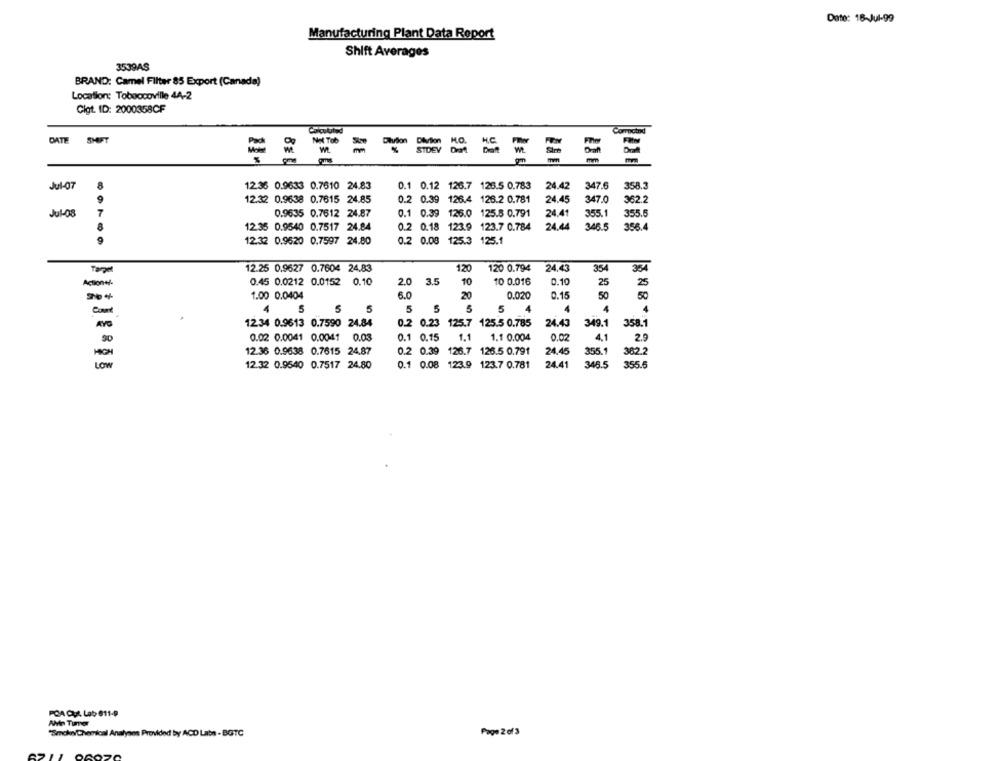
Date: 18-Jul-99
Manufacturing Plant Data Report
Shift Averages
3539AS
BRAND: Camel Filter 85 Export (Canada)
Location: Tobaccoville 44-2
Cigt. ID: 2000358CF
Corpoind
DATH
SHIFT
Not Tob
Filter
KO.
mm
Jul-07
12.36 0.9633 0.7610 24.83
0.1 0.12 126.7 126.5 0.783
24.42
347.6
358.3
12.32 0.9638 0.7615 24.85
0.2 0.39 126.4 126.2 0.781
24.45
347.0
362.2
Jul-08
0.9635 0.7612 24.87
0.1 0.39 126.0 125.8 0.791
24.41
355.1
355.
12.35 0.9540 0.7517 24.84
0.2 0.18 123.9 123.7 0.784
24.44
346.5
356.4
12.32 0.9620 0.7597 24.80
0.2 0.08 125.3 125.1
.....
12.25 0.9627 0.7604 24,83
120
120 0.794
24.43
354
354
0.45 0.0212 0.0152 0.10
2.0
3.5
10
10 0.016
0.10
25
25
1.00 0.0404
6.0
20
0.020
0.15
50
50
4
5
5 5
5
5
5
5 4
4
4
4
Com
1234 0.9613 0.7590 24.84
0.2 0.23 125.7 125.5 0.785
24.43
349.1
358.1
0.1 0.15
1.1
4.1
2.9
0.02 0.0041 0.0041 0.03
1.1 0.004
0.02
12.36 0.9638 0.7615 24.87
0.2 0.39 126.7 126.5 0.791
24.45
355.1
382.
Low
12.32 0.9540 0.7517 24.80
0.1 0.08 123.9 123.7 0.781
24.41
345.5
355.6
POA QUt. Lab 611-9
AMD Turer
"Smokey Chemical Analyses Provided by ACD Labn - BGTC
Page 2 of 3